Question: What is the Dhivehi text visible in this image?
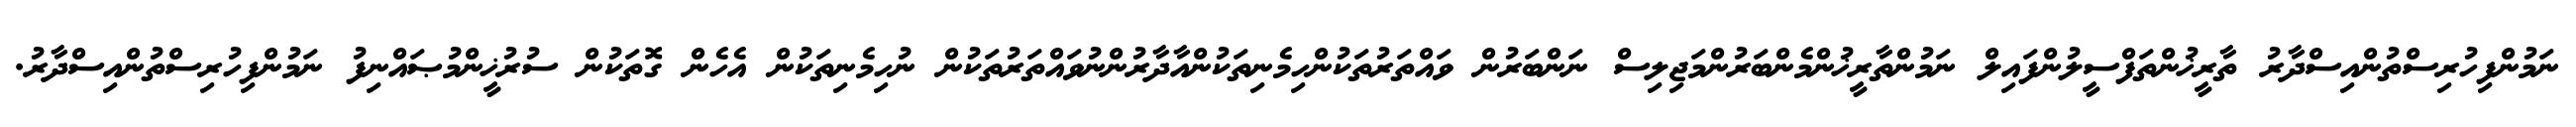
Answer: ނަމުންފިހުރިސްތުންއިސްދާރު ތާރީޚުންތަފްސީލުންފައިލް ނަމުންތާރީޚުންމެންބަރުންމަޖިލިސް ނަންބަރުން ވައްތަރުތަކުންހިމެނިތަކުންއާދާރުންނުވައްތަރުތަކުން ނުހިމެނިތަކުން އެހެން ގޮތަކުން ސުރުޚީންމުޞައްނިފު ނަމުންފިހުރިސްތުންއިސްދާރު.